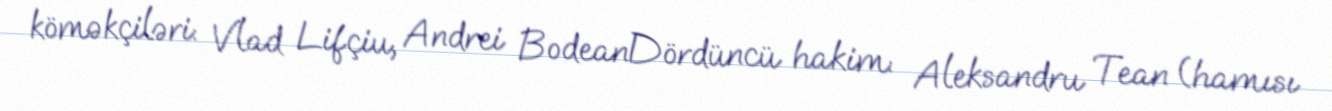
köməkçiləri: Vlad Lifçiu, Andrei BodeanDördüncü hakim: Aleksandru Tean (hamısı